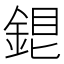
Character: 𨧏